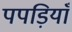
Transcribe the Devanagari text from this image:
पपड़ियाँ